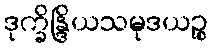
ဒုက္ခိန္ဒြိယသမုဒယဉ္စ